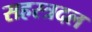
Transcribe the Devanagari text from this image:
सहस्त्रदल